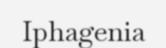
Iphagenia